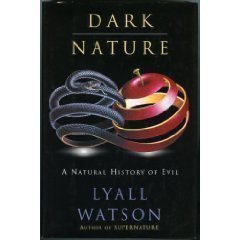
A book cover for Dark Nature: A Natural History of Evil; Lyall Watson; Politics & Social Sciences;